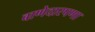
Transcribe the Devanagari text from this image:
बाणेदारपणा